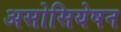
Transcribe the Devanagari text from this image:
असोसियेषन